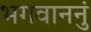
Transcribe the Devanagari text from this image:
भगवाननुं